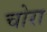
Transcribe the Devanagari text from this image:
चोरा